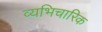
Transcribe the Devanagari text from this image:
व्यभिचारिक